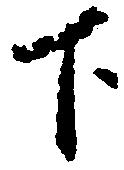
下